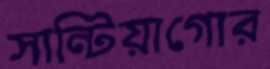
সান্টিয়াগোর